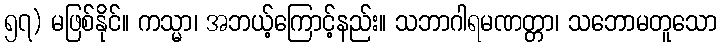
၅၇) မဖြစ်နိုင်။ ကသ္မာ၊ အဘယ့်ကြောင့်နည်း။ သဘာဂါရမဏတ္တာ၊ သဘောမတူသော